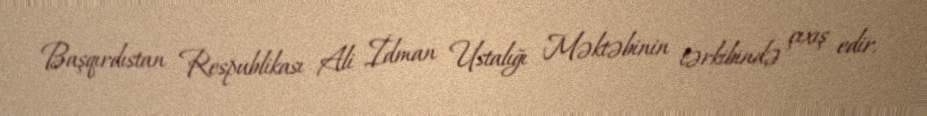
Başqırdıstan Respublikası Ali İdman Ustalığı Məktəbinin tərkibində çıxış edir.